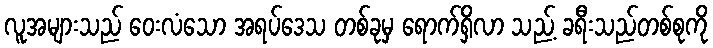
လူအများသည် ဝေးလံသော အရပ်ဒေသ တစ်ခုမှ ရောက်ရှိလာ သည့် ခရီးသည်တစ်စုကို